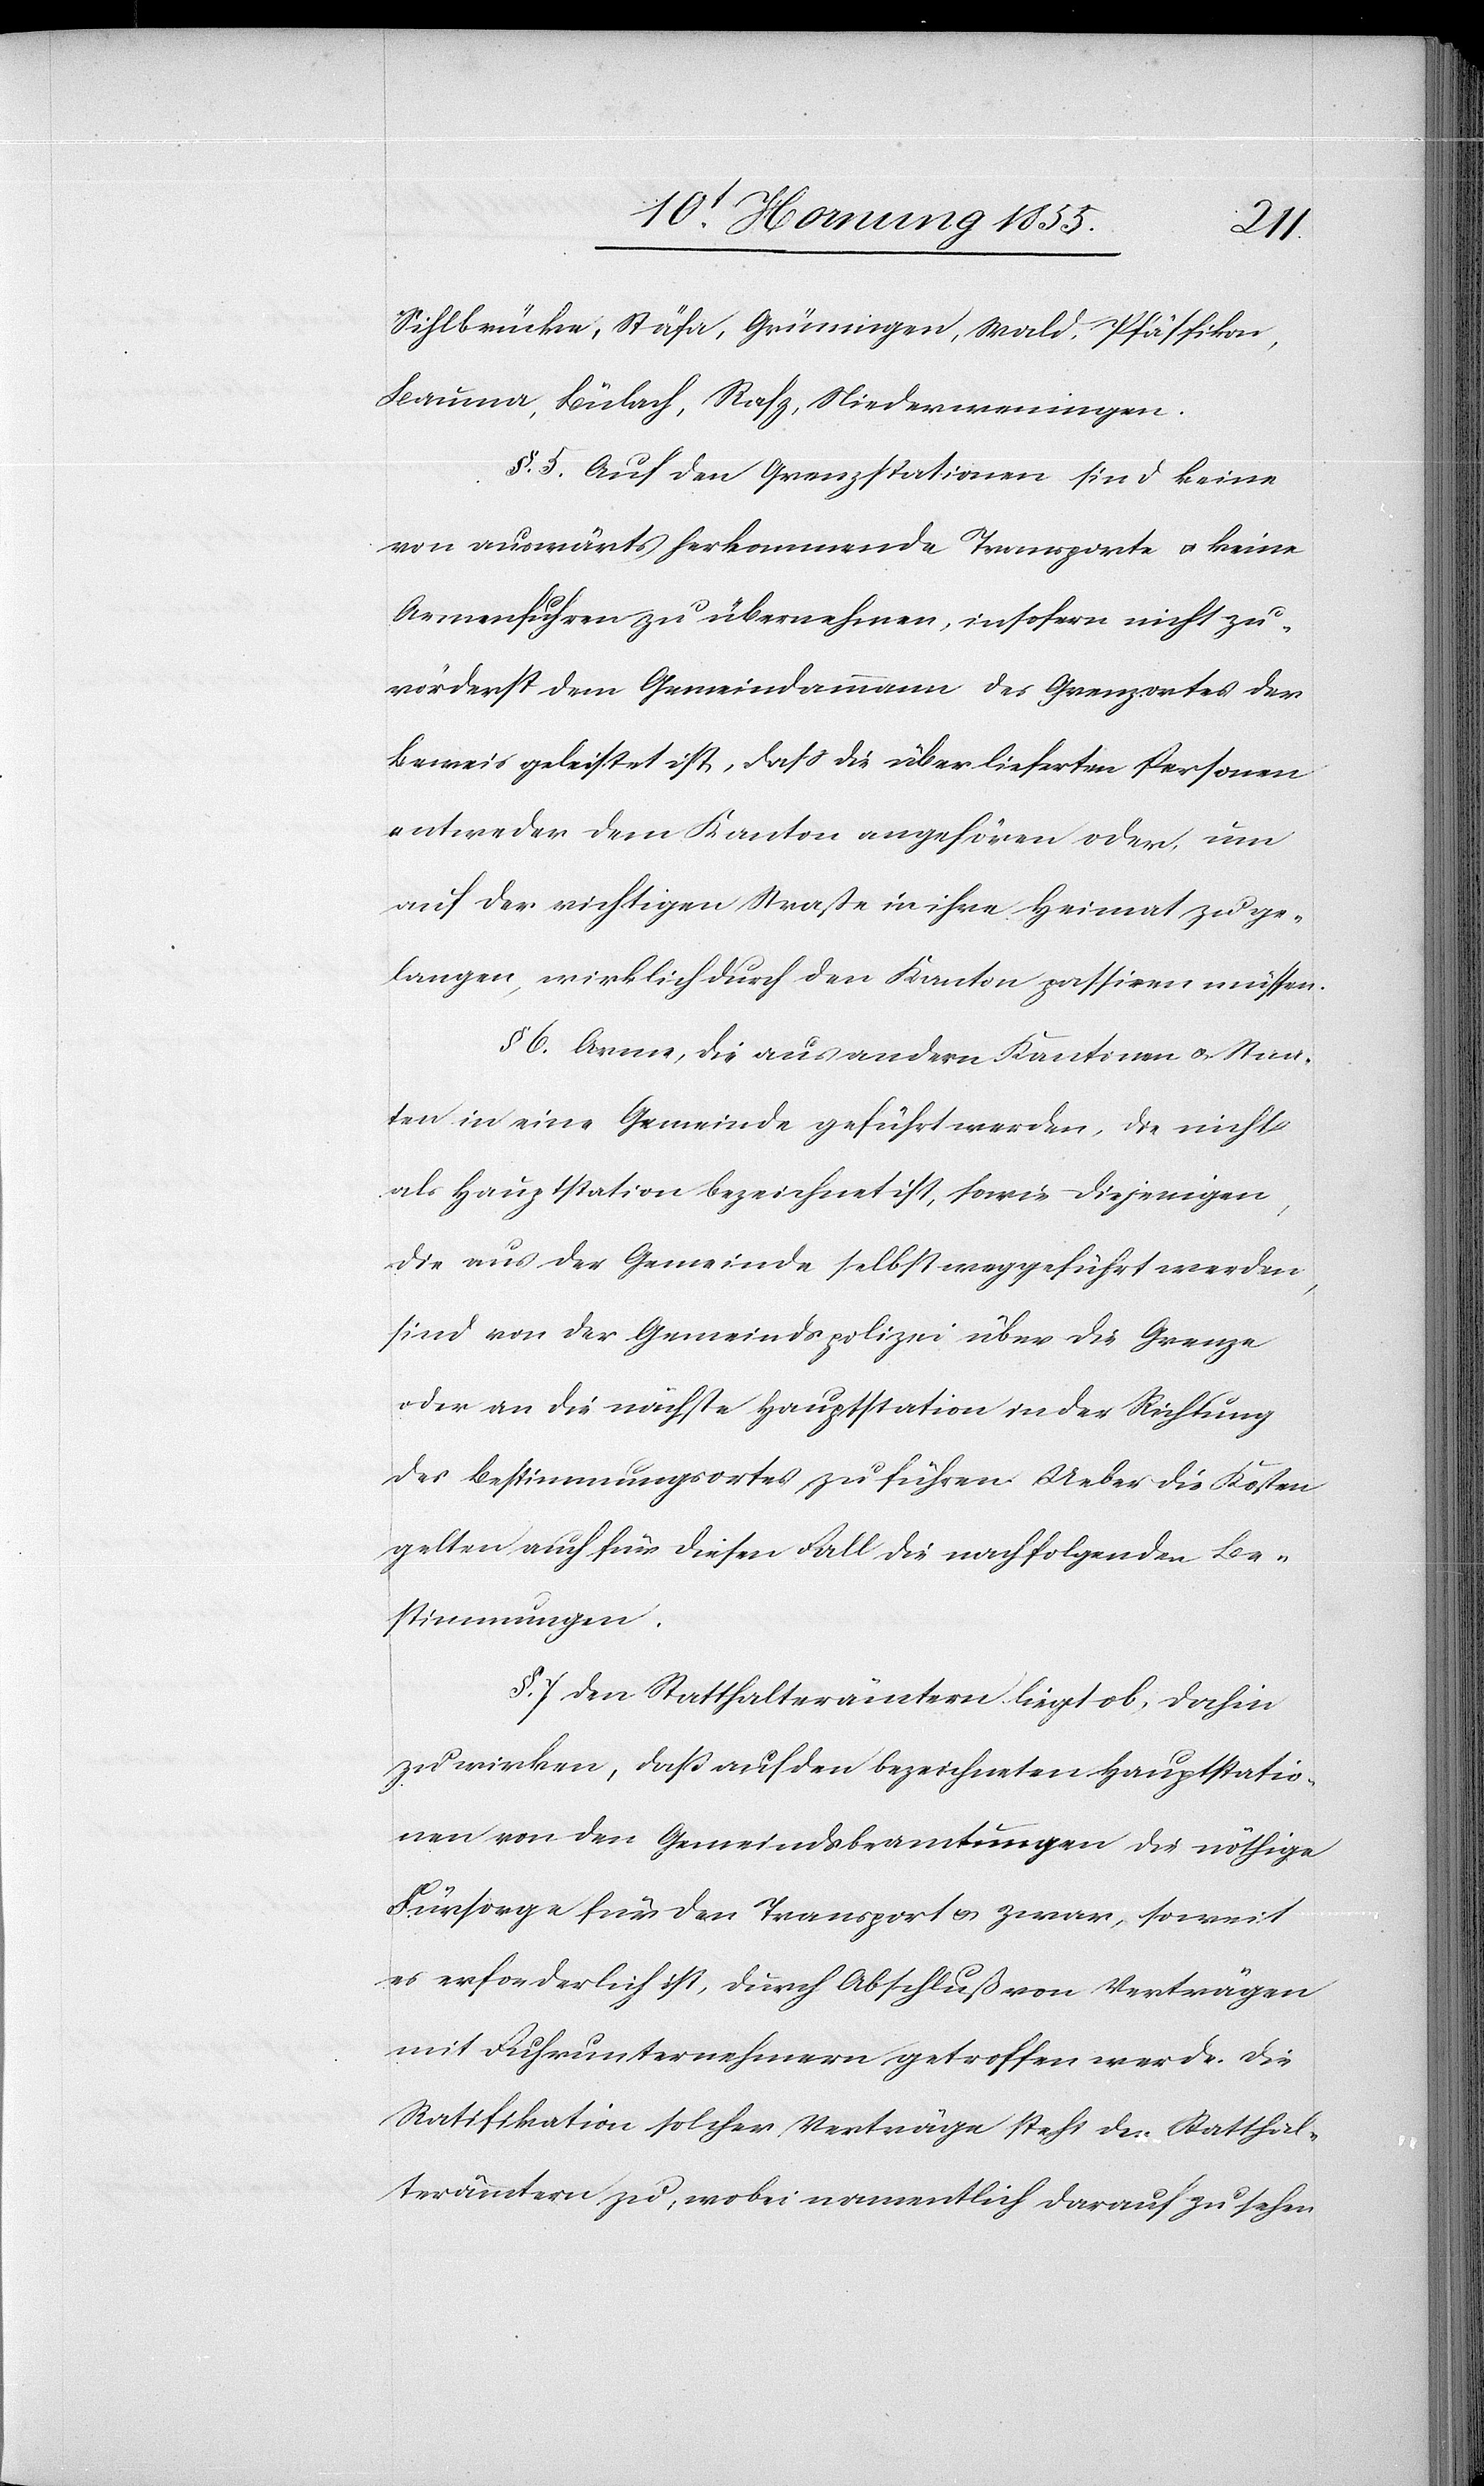
Sihlbrücke, Stäfa, Grüningen, Wald, Pfäffikon,
Bauma, Bülach, Rafz, Niederweningen.
§. 5. Auf den Grenzstationen sind keine
von auswärts herkommende Transporte & keine
Armenfuhren zu übernehmen, insofern nicht zu¬
vörderst dem Gemeindammann des Grenzortes der
Beweis geleistet ist, dass die überlieferten Personen
entweder dem Kanton angehören oder, um
auf der richtigen Straße in ihre Heimat zu ge¬
langen, wirklich durch den Kanton passiren müssen.
§ 6. Arme, die aus andern Kantonen & Staa¬
ten in eine Gemeinde geführt werden, die nicht
als Hauptstation bezeichnet ist, sowie diejenigen,
die aus der Gemeinde selbst weggeführt werden,
sind von der Gemeindspolizei über die Grenze
oder an die nächste Hauptstation in der Richtung
des Bestimmungsortes zu führen. Ueber die Kosten
gelten auch für diesen Fall die nachfolgenden Be¬
stimmungen.
§. 7 Den Statthalterämtern liegt ob, dahin
zu wirken, daß auf den bezeichneten Hauptstatio¬
nen von den Gemeindsbeamtungen die nöthige
Fürsorge für den Transport & zwar, soweit
es erforderlich ist, durch Abschluß von Verträgen
mit Fuhrunternehmern getroffen werde. Die
Ratifikation solcher Verträge steht den Statthal¬
terämtern zu, wobei namentlich darauf zu sehen